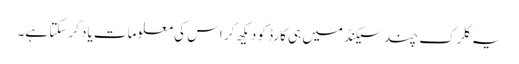
یہ کلرک چند سیکنڈ میں ہی کارڈ کو دیکھ کر اس کی معلومات یاد کر سکتا ہے۔